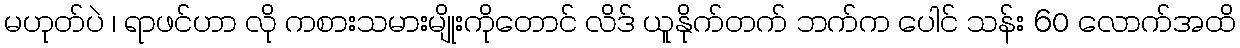
မဟုတ်ပဲ ၊ ရာဖင်ဟာ လို ကစားသမားမျိုးကိုတောင် လိဒ် ယူနိုက်တက် ဘက်က ပေါင် သန်း 60 လောက်အထိ